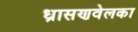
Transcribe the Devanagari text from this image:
ध्रासणवेलका